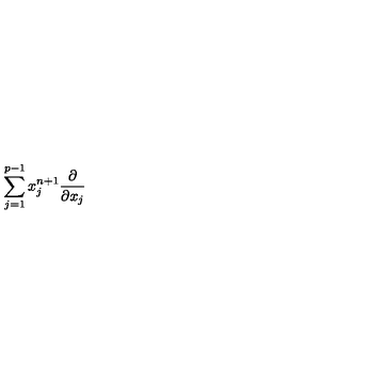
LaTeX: \sum _ { j = 1 } ^ { p - 1 } x _ { j } ^ { n + 1 } \frac { \partial } { \partial x _ { j } }